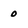
Character: 0